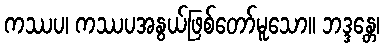
ကဿပ၊ ကဿပအနွယ်ဖြစ်တော်မူသော။ ဘဒ္ဒန္တေ၊